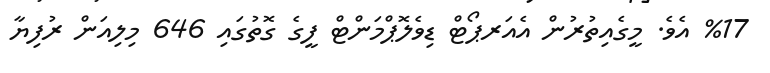
%17 އެވެ. މީގެއިތުރުން އެއަރޕޯޓް ޑިވެލޮޕްމަންޓް ފީގެ ގޮތުގައި 646 މިލިއަން ރުފިޔާ